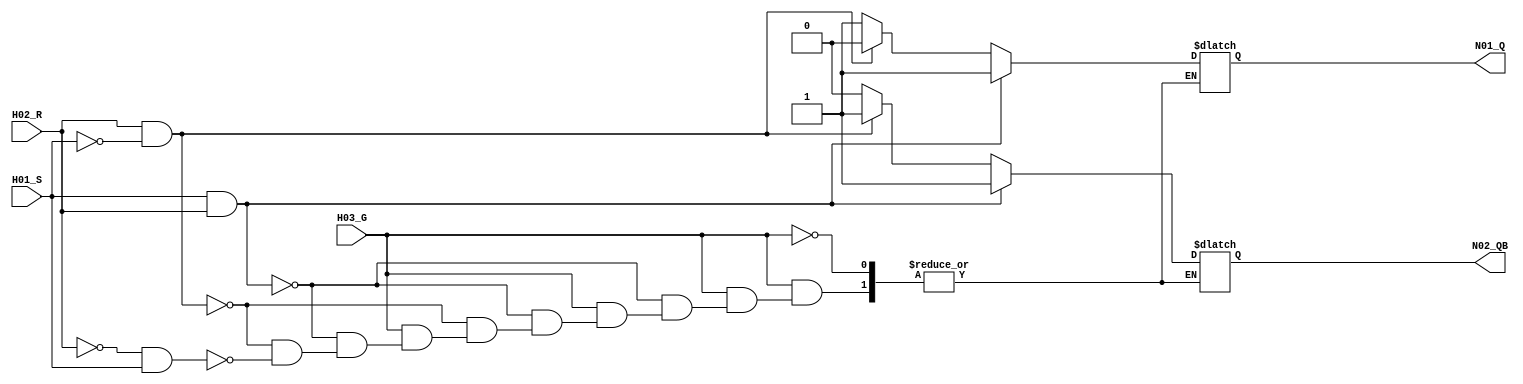
/**************************************************************************
** ND120 DGA (Decode Gate Array)                                         **
** DECODE/DGA                                                            **
**                                                                       **
** NEC F595 - R/S Latch with Gated input                                 **
**                                                                       **
** Truth table from REN_A12213XJ5V1UM00_OTH_19980801.pdf                 **
** Page 6-214. Function RS-LATCH                                         **
**                                                                       **
** Last reviewed: 20-MAY-2024                                            **
** Ronny Hansen                                                          **
***************************************************************************/


module F595( 
   input H01_S, // Set
   input H02_R, // Reset
   input H03_G, // Gate Enable

   output N01_Q, // Q
   output N02_QB // Qn
);

    /* verilator lint_off UNOPTFLAT */

   reg regQ;
   reg regQn;

   // Behavioral description of the R-S latch   
   //always @(posedge H01_S, posedge H02_R, posedge H03_G) begin

    /* verilator lint_off LATCH */

    always @* begin
      if (H03_G) begin
       if (H01_S & H02_R) begin              
           regQ = 1'b1;          
           regQn = 1'b1;                 
       end else if (H02_R & !H01_S) begin
           regQ = 1'b0;          
           regQn = 1'b1;          
       end else if (!H02_R & H01_S) begin
           regQ = 1'b1;          
           regQn = 1'b0;          
       end /*else begin
           regQ = regQ; // Explicitly maintaining previous state (to avoid warning/error "not all control paths of combinational always assign a value")
           regQn = regQn;
       end*/
    end
  end
  
  assign N01_Q = regQ;
  assign N02_QB = regQn;

endmodule